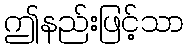
ဤနည်းဖြင့်သာ